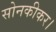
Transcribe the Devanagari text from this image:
सोनकीकर।